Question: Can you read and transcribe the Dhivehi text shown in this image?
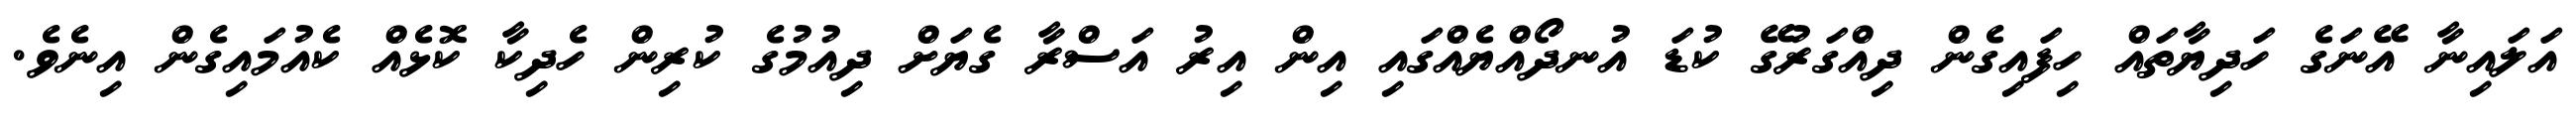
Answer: އަލައިނާ އޭނަގެ ހަދިޔާތައް ހިފައިގެން ދިއްގަރުގޭ ކުޑަ އުނދޯއްޔެއްގައި އިން އިރު އަސްރާ ގެޔަށް ދިއުމުގެ ކުރިން ހެދިކާ ކޮޅެއް ކެއުމައިގެން އިނެވެ.